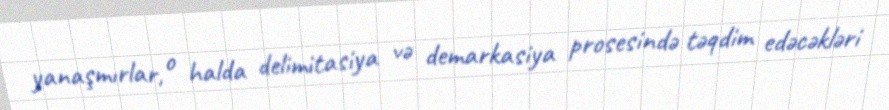
yanaşmırlar, o halda delimitasiya və demarkasiya prosesində təqdim edəcəkləri